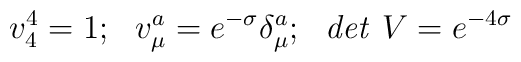
v^4_4=1;~~v^a_\mu=e^{-\sigma}\delta^a_\mu;~~{\it det}~V=e^{-4\sigma}